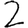
Digit: 2